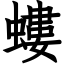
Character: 螻